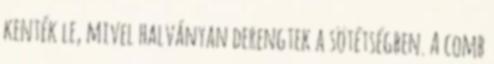
kenték le, mivel halványan derengtek a sötétségben. A comb